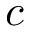
c